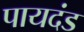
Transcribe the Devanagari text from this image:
पायदंड